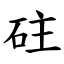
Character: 砫